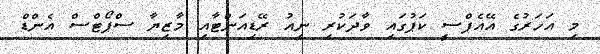
މި އަހަރުގެ އޭއެފްސީ ކަޕުގައި ވާދަކުރި ނިއު ރޭޑިއަންޓާއި މާޒިޔާ ސްޕޯޓްސް އެންޑް